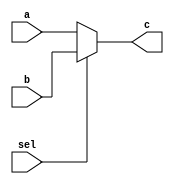
`timescale 1ns / 1ps
//////////////////////////////////////////////////////////////////////////////////
// Company: -
// 
// Design Name: RISC-V
// Module Name: MUX
// Project Name: RISC-V
// Target Devices: 
// Tool Versions: 
// Description: 
// 
// Dependencies: 
// 
// Revision:
// Revision 0.01 - File Created
// Additional Comments:
// 
//////////////////////////////////////////////////////////////////////////////////


module MUX(
    input wire [31:0] a,
    input wire [31:0] b,
    input wire sel,
    output wire [31:0] c
    );
    
    assign c = sel ? b : a;
endmodule